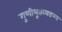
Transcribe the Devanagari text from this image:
गुणीभूतव्यङग्य